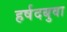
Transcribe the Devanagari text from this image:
हर्षदबुवा